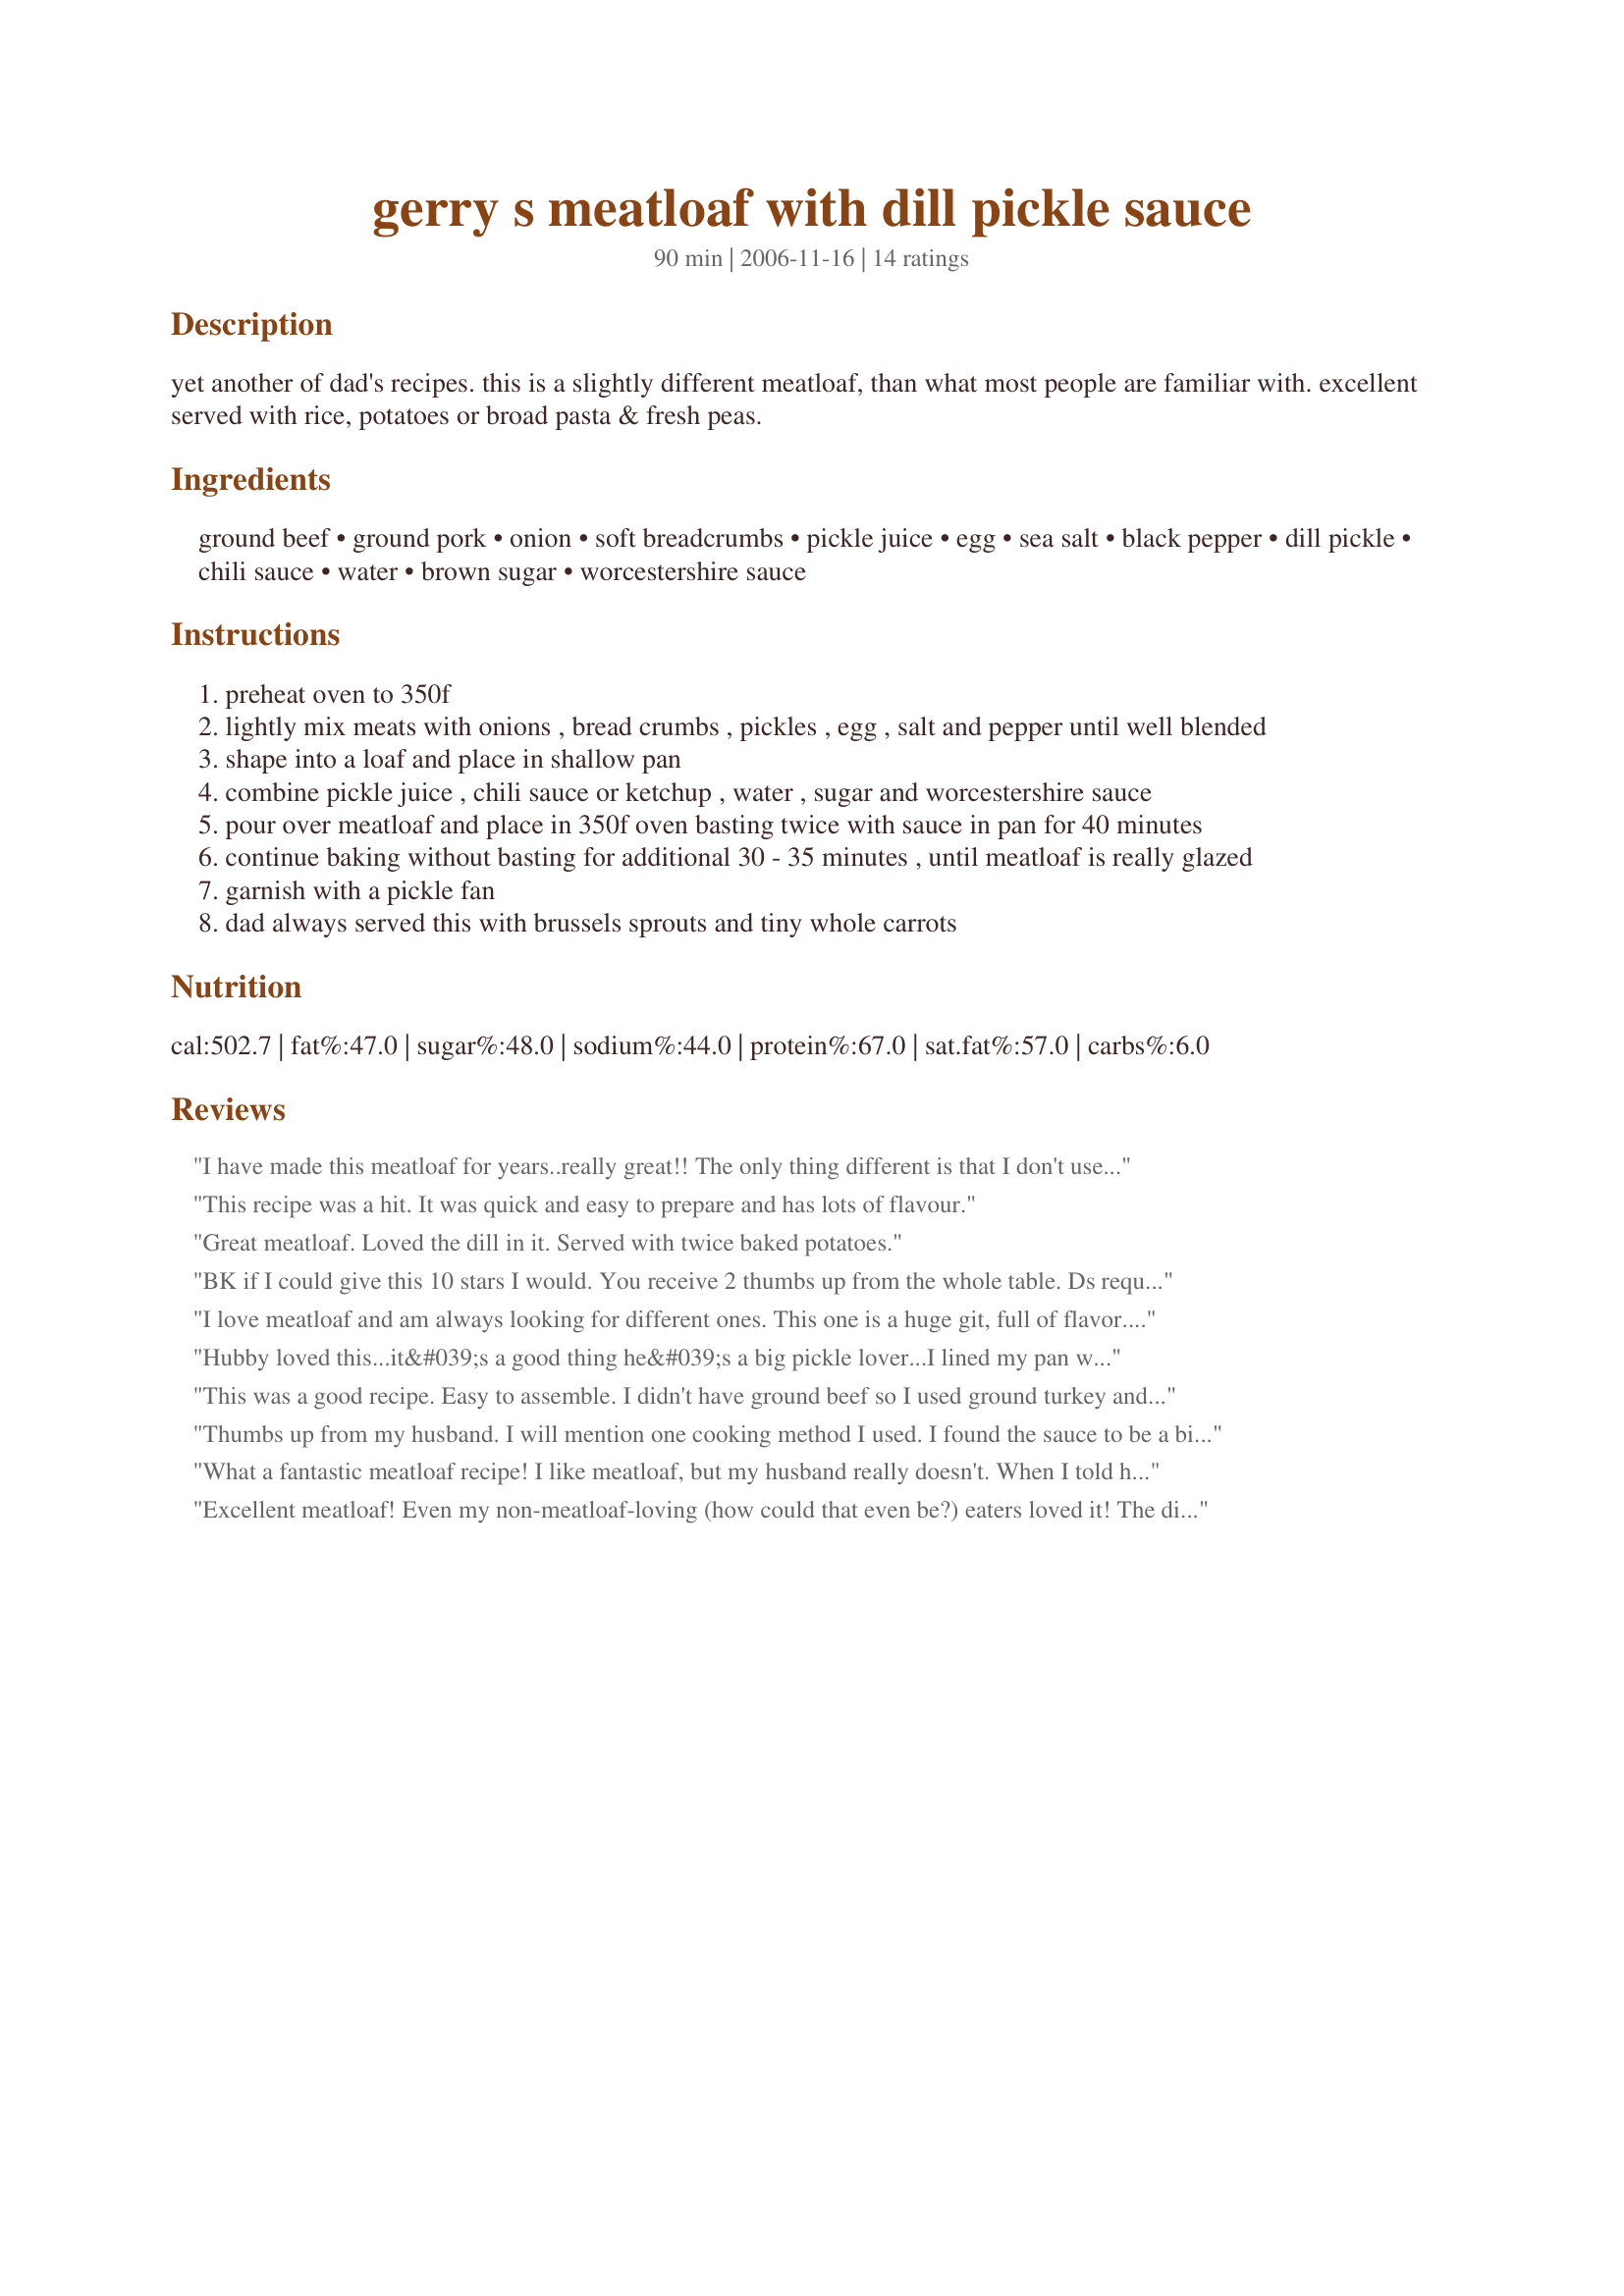
gerry s meatloaf with dill pickle sauce
Preparation time: 90 minutes

yet another of dad's recipes. this is a slightly different meatloaf, than what most people are familiar with. excellent served with rice, potatoes or broad pasta & fresh peas.

Ingredients:
ground beef, ground pork, onion, soft breadcrumbs, pickle juice, egg, sea salt, black pepper, dill pickle, chili sauce, water, brown sugar, worcestershire sauce

Steps:
preheat oven to 350f
lightly mix meats with onions , bread crumbs , pickles , egg , salt and pepper until well blended
shape into a loaf and place in shallow pan
combine pickle juice , chili sauce or ketchup , water , sugar and worcestershire sauce
pour over meatloaf and place in 350f oven basting twice with sauce in pan for 40 minutes
continue baking without basting for additional 30 - 35 minutes , until meatloaf is really glazed
garnish with a pickle fan
dad always served this with brussels sprouts and tiny whole carrots

Reviews:
I have made this meatloaf for years..really great!! The only thing different is that I don't use the ground pork, but will try it! Also,I have found that if the ground meat is not very lean, I bake for 30 mins and drain, then go on with the sauce. Mine is shaped into a round loaf and punched in middle to make a hole.
Was thinking that since I am making this for tonights dinner...I may try to sprinkle on some cheddar cheese to melt for the last 5-10 mins.
This recipe was a hit. It was quick and easy to prepare and has lots of flavour.
Great meatloaf. Loved the dill in it. Served with twice baked potatoes.
BK if I could give this 10 stars I would. You receive 2 thumbs up from the whole table. Ds requested a meatloaf and yours is now the top of the list. I will make this often. I was concerned about the flavor of the pickle juice but let me say it added in that something special in each bite. I did try to get a picture on the plates but o one would not eat long enough for me to snap a shot. I will make this again and get one for your files. Excellent. Made for Aus/NZ Swap Jan 2010
I love meatloaf and am always looking for different ones. This one is a huge git, full of flavor. I was lucky enough to use homemade pickles. Served it with mashed potatoes and harvard beats and the meal was absolutley perfect. Thank you for sharing a wonderful recipe!
Hubby loved this...it&#039;s a good thing he&#039;s a big pickle lover...I lined my pan with foil for easy clean up...the sauce did glaze...you just need to make sure you cook it long enough...I made as posted and wouldn&#039;t change a thing...we are going to have meatloaf sandwiches and I just might not serve the typically pickle on the side...made for &quot;For Your Consideration&quot; tag game...
This was a good recipe. Easy to assemble. I didn't have ground beef so I used ground turkey and it still came out very moist and delicious. We weren't sure how the brown sugar and pickle combo would be together, but it was good. I still might only use one tablespoon of brown sugar next time. It's a keeper!
Thumbs up from my husband. I will mention one cooking method I used. I found the sauce to be a bit &quot;loose&quot;, so I reduced it and then basted. Turned out nicely. I also grated the onion, as my husband doesn&#039;t care for chunks of onion in his meatloaf. Made for Everyday Holiday Tag Game. :)
What a fantastic meatloaf recipe! I like meatloaf, but my husband really doesn't. When I told him what was for supper he grumbled about it....but when he tasted it he said he actually liked it! Now that's a good meatloaf! I really liked the dill pickel flavor...you could definitely taste if but it wasn't over powering. This one is going in the keeper file for sure! Made for Photo Tag.
Excellent meatloaf! Even my non-meatloaf-loving (how could that even be?) eaters loved it! The dill was subtle but really added another tasty dimension to a regular meatloaf. It was a hit! Thank you!
Fantastic! My compliments to your Dad and to you for sharing this recipe. Carly has re-named it the Whopper Jr. Meatloaf. Can't wait to have this as a sandwich tomorrow. Made as directed but my sauce never turned into a glaze but still a five-star recipe.
We love pickles &amp; we love meatloaf, so we had to give this a try. Overall it&#039;s a really great recipe, but our sauce was pretty loose after baking. I think we&#039;ll also add double the amount of pickles in the mixture next time, because they seem to lose a lot of flavor in the oven. Thanks for giving us a great base recipe to work with though!
This meatloaf was sooo good! It reminded me of eating a hamburger with pickles. LOL. The only complaint I had was my sauce never turned into a glaze:( Even w/out the glaze though, this meatloaf was sooo tasty. YUM. Thanks! Made for Photo Tag.
This meatloaf was good! The pickles added a wonderful flavor. I used chili sauce and was afraid at first that the topping was going to be too thin, but it thickened as it baked and created a very nice glaze. I think the leftovers will make great sandwiches tomorrow - thanks for sharing!
